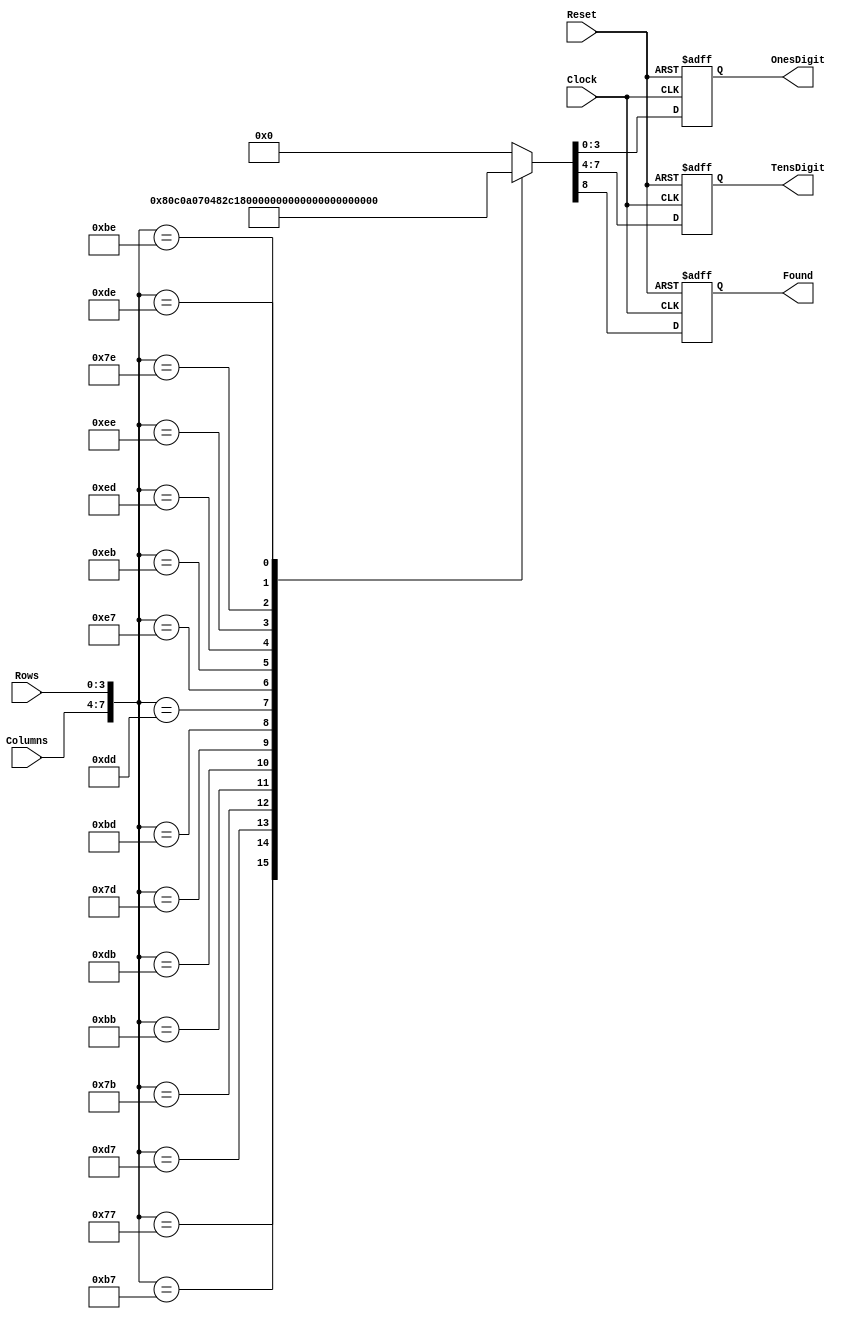
`timescale 1ns / 1ps
//////////////////////////////////////////////////////////////////////////////////
// Company:  Adam LLC
// 
// Design Name:    Key Encoder
// Module Name:    KeyEncoder
//////////////////////////////////////////////////////////////////////////////////
module KeyEncoder(Columns, Rows, Clock, Reset, OnesDigit, TensDigit, Found);
	input [3:0] Columns;
	input [3:0] Rows;
	input Clock, Reset;
	output reg [3:0] OnesDigit;
	output reg [3:0] TensDigit;
	output reg Found;
	parameter NoKey = 9'd0;
	parameter key1 = 9'b100000001;
	parameter key2 = 9'b100000010;
	parameter key3 = 9'b100000011;
	parameter key4 = 9'b100000100;
	parameter key5 = 9'b100000101;
	parameter key6 = 9'b100000110;
	parameter key7 = 9'b100000111;
	parameter key8 = 9'b100001000;
	parameter key9 = 9'b100001001;
	parameter keyA = 9'b100010000;
	parameter keyB = 9'b100010001;
	parameter keyC = 9'b100010010;
	parameter keyD = 9'b100010011;
	parameter keyStar = 9'b100010100;
	parameter key0 = 9'b100010101;
	parameter keyPound = 9'b100010110;
	always@(posedge Clock or posedge Reset)
	if (Reset == 1) {Found, TensDigit, OnesDigit} <= NoKey;
	else case ({ Columns, Rows })
		8'b01110111: {Found, TensDigit, OnesDigit} <= key1;
		8'b10110111: {Found, TensDigit, OnesDigit} <= key2;
		8'b11010111: {Found, TensDigit, OnesDigit} <= key3;
		8'b01111011: {Found, TensDigit, OnesDigit} <= key4;
		8'b10111011: {Found, TensDigit, OnesDigit} <= key5;
		8'b11011011: {Found, TensDigit, OnesDigit} <= key6;
		8'b01111101: {Found, TensDigit, OnesDigit} <= key7;
		8'b10111101: {Found, TensDigit, OnesDigit} <= key8;
		8'b11011101: {Found, TensDigit, OnesDigit} <= key9;
		8'b11100111: {Found, TensDigit, OnesDigit} <= keyA;
		8'b11101011: {Found, TensDigit, OnesDigit} <= keyB;
		8'b11101101: {Found, TensDigit, OnesDigit} <= keyC;
		8'b11101110: {Found, TensDigit, OnesDigit} <= keyD;
		8'b01111110: {Found, TensDigit, OnesDigit} <= keyStar;
		8'b10111110: {Found, TensDigit, OnesDigit} <= key0;
		8'b11011110: {Found, TensDigit, OnesDigit} <= keyPound;
		default: {Found, TensDigit, OnesDigit} <= NoKey;
	endcase
endmodule